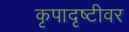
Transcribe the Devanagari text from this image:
कृपादृष्टीवर